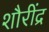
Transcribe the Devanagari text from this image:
शौरींद्र